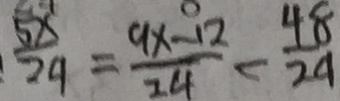
\frac { 5 x } { 2 9 } = \frac { 9 x - 1 2 } { 2 4 } < \frac { 4 8 } { 2 9 }